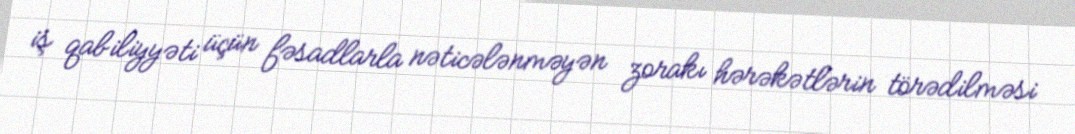
iş qabiliyyəti üçün fəsadlarla nəticələnməyən zorakı hərəkətlərin törədilməsi